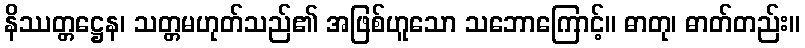
နိဿတ္တဋ္ဌေန၊ သတ္တမဟုတ်သည်၏ အဖြစ်ဟူသော သဘောကြောင့်။ ဓာတု၊ ဓာတ်တည်း။